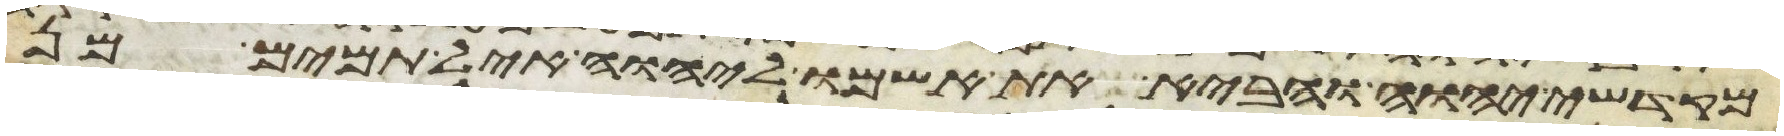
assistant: מקדשי יהוה והביא את אשמו ליהוה איל תמים מן